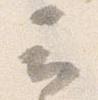
云